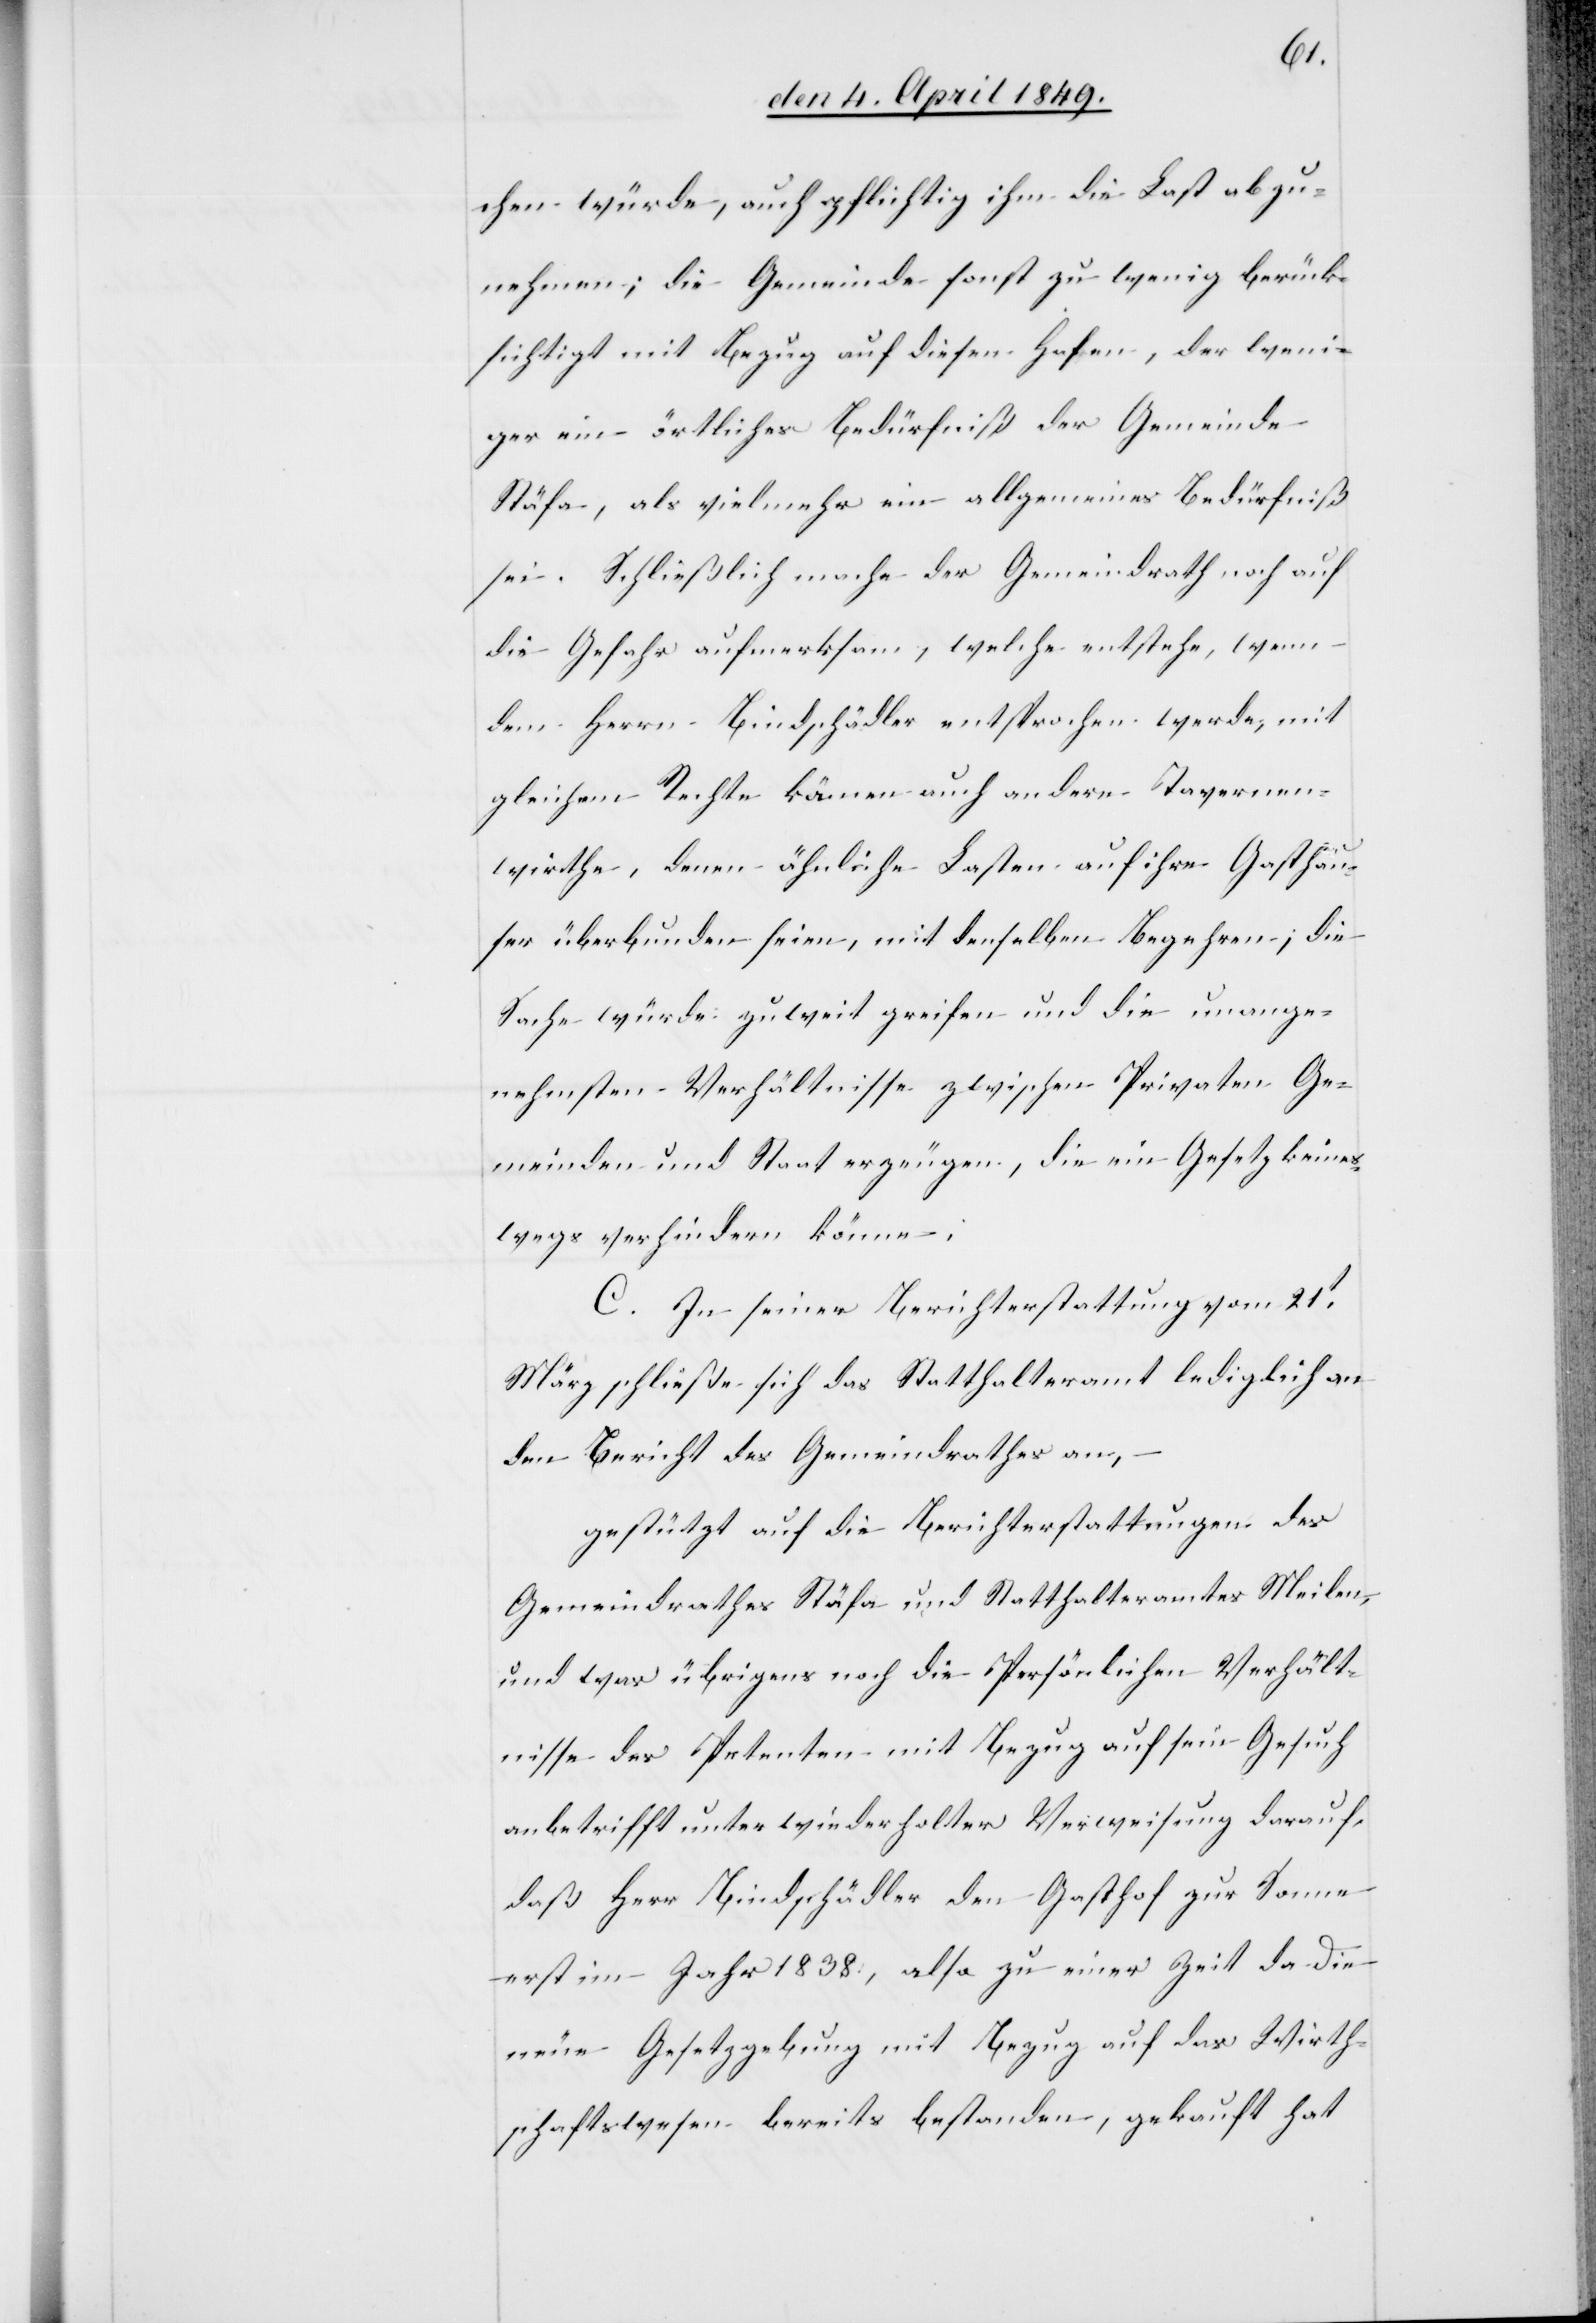
chen würde, auch pflichtig ihm die Last abzu¬
nehmen; die Gemeinde sonst zu wenig berück¬
sichtigt mit Bezug auf diesen Hafen, der weni¬
ger ein örtliches Bedürfniß der Gemeinde
Stäfa, als vielmehr ein allgemeines Bedürfniß
sei. Schließlich mache der Gemeindrath noch auf
die Gefahr aufmerksam, welche entstehe, wenn
dem Herrn Bindschädler entsprochen werde, mit
gleichem Rechte können auch andere Tavernen¬
wirthe, denen ähnliche Lasten auf ihre Gasthäu¬
ser überbunden seien, mit denselben Begehren, die
Sache würde zu weit greifen und die unange¬
nehmsten Verhältnisse zwischen Privaten Ge¬
meinden und Staat erzeugen, die ein Gesetz keines¬
wegs verhindern könne;
C. In seiner Berichterstattung vom 21t
März schließe sich das Statthalteramt lediglich an
den Bericht des Gemeindrathes an,
gestützt auf die Berichterstattungen des
Gemeindrathes Stäfa und Statthalteramtes Meilen,
und was übrigens noch die Persönlichen Verhält¬
nisse des Petenten mit Bezug auf sein Gesuch
anbetrifft unter wiederholter Verweisung darauf,
daß Herr Bindschädler den Gasthof zur Sonne
erst im Jahr 1838, also zu einer Zeit da die
neue Gesetzgebung mit Bezug auf das Wirth¬
schaftswesen bereits bestanden, gekauft hat